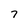
Character: 7